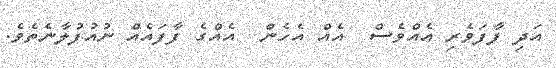
އަދި ފާފަވެރި އެއްވެސް  އެއް އެހެން  އެއްގެ ފާފައެއް ނުއުފުލާނެތެވެ.